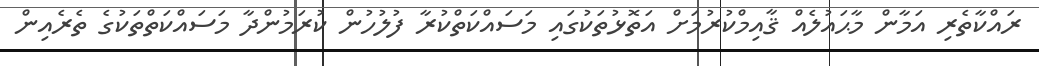
ރައްކާތެރި އަމާން މާޙައުލެއް ޤާއިމްކުރުމަށް އަތޮޅުތަކުގައި މަސައްކަތްކުރާ ފުލުހުން ކުރަމުންދާ މަސައްކަތްތަކުގެ ތެރެއިން